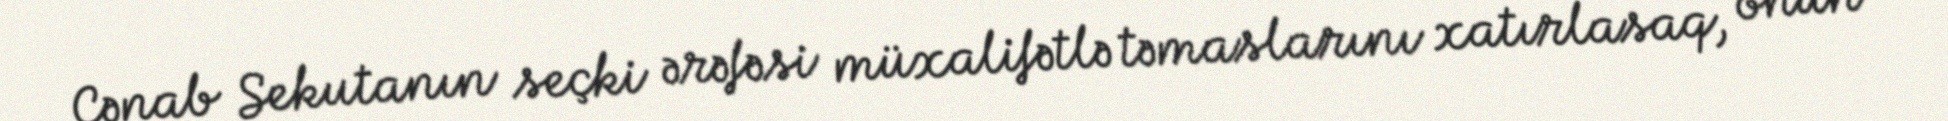
Cənab Sekutanın seçki ərəfəsi müxalifətlə təmaslarını xatırlasaq, onun